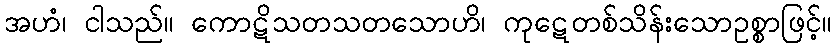
အဟံ၊ ငါသည်။ ကောဋိသတသတသောဟိ၊ ကုဋေတစ်သိန်းသောဥစ္စာဖြင့်။